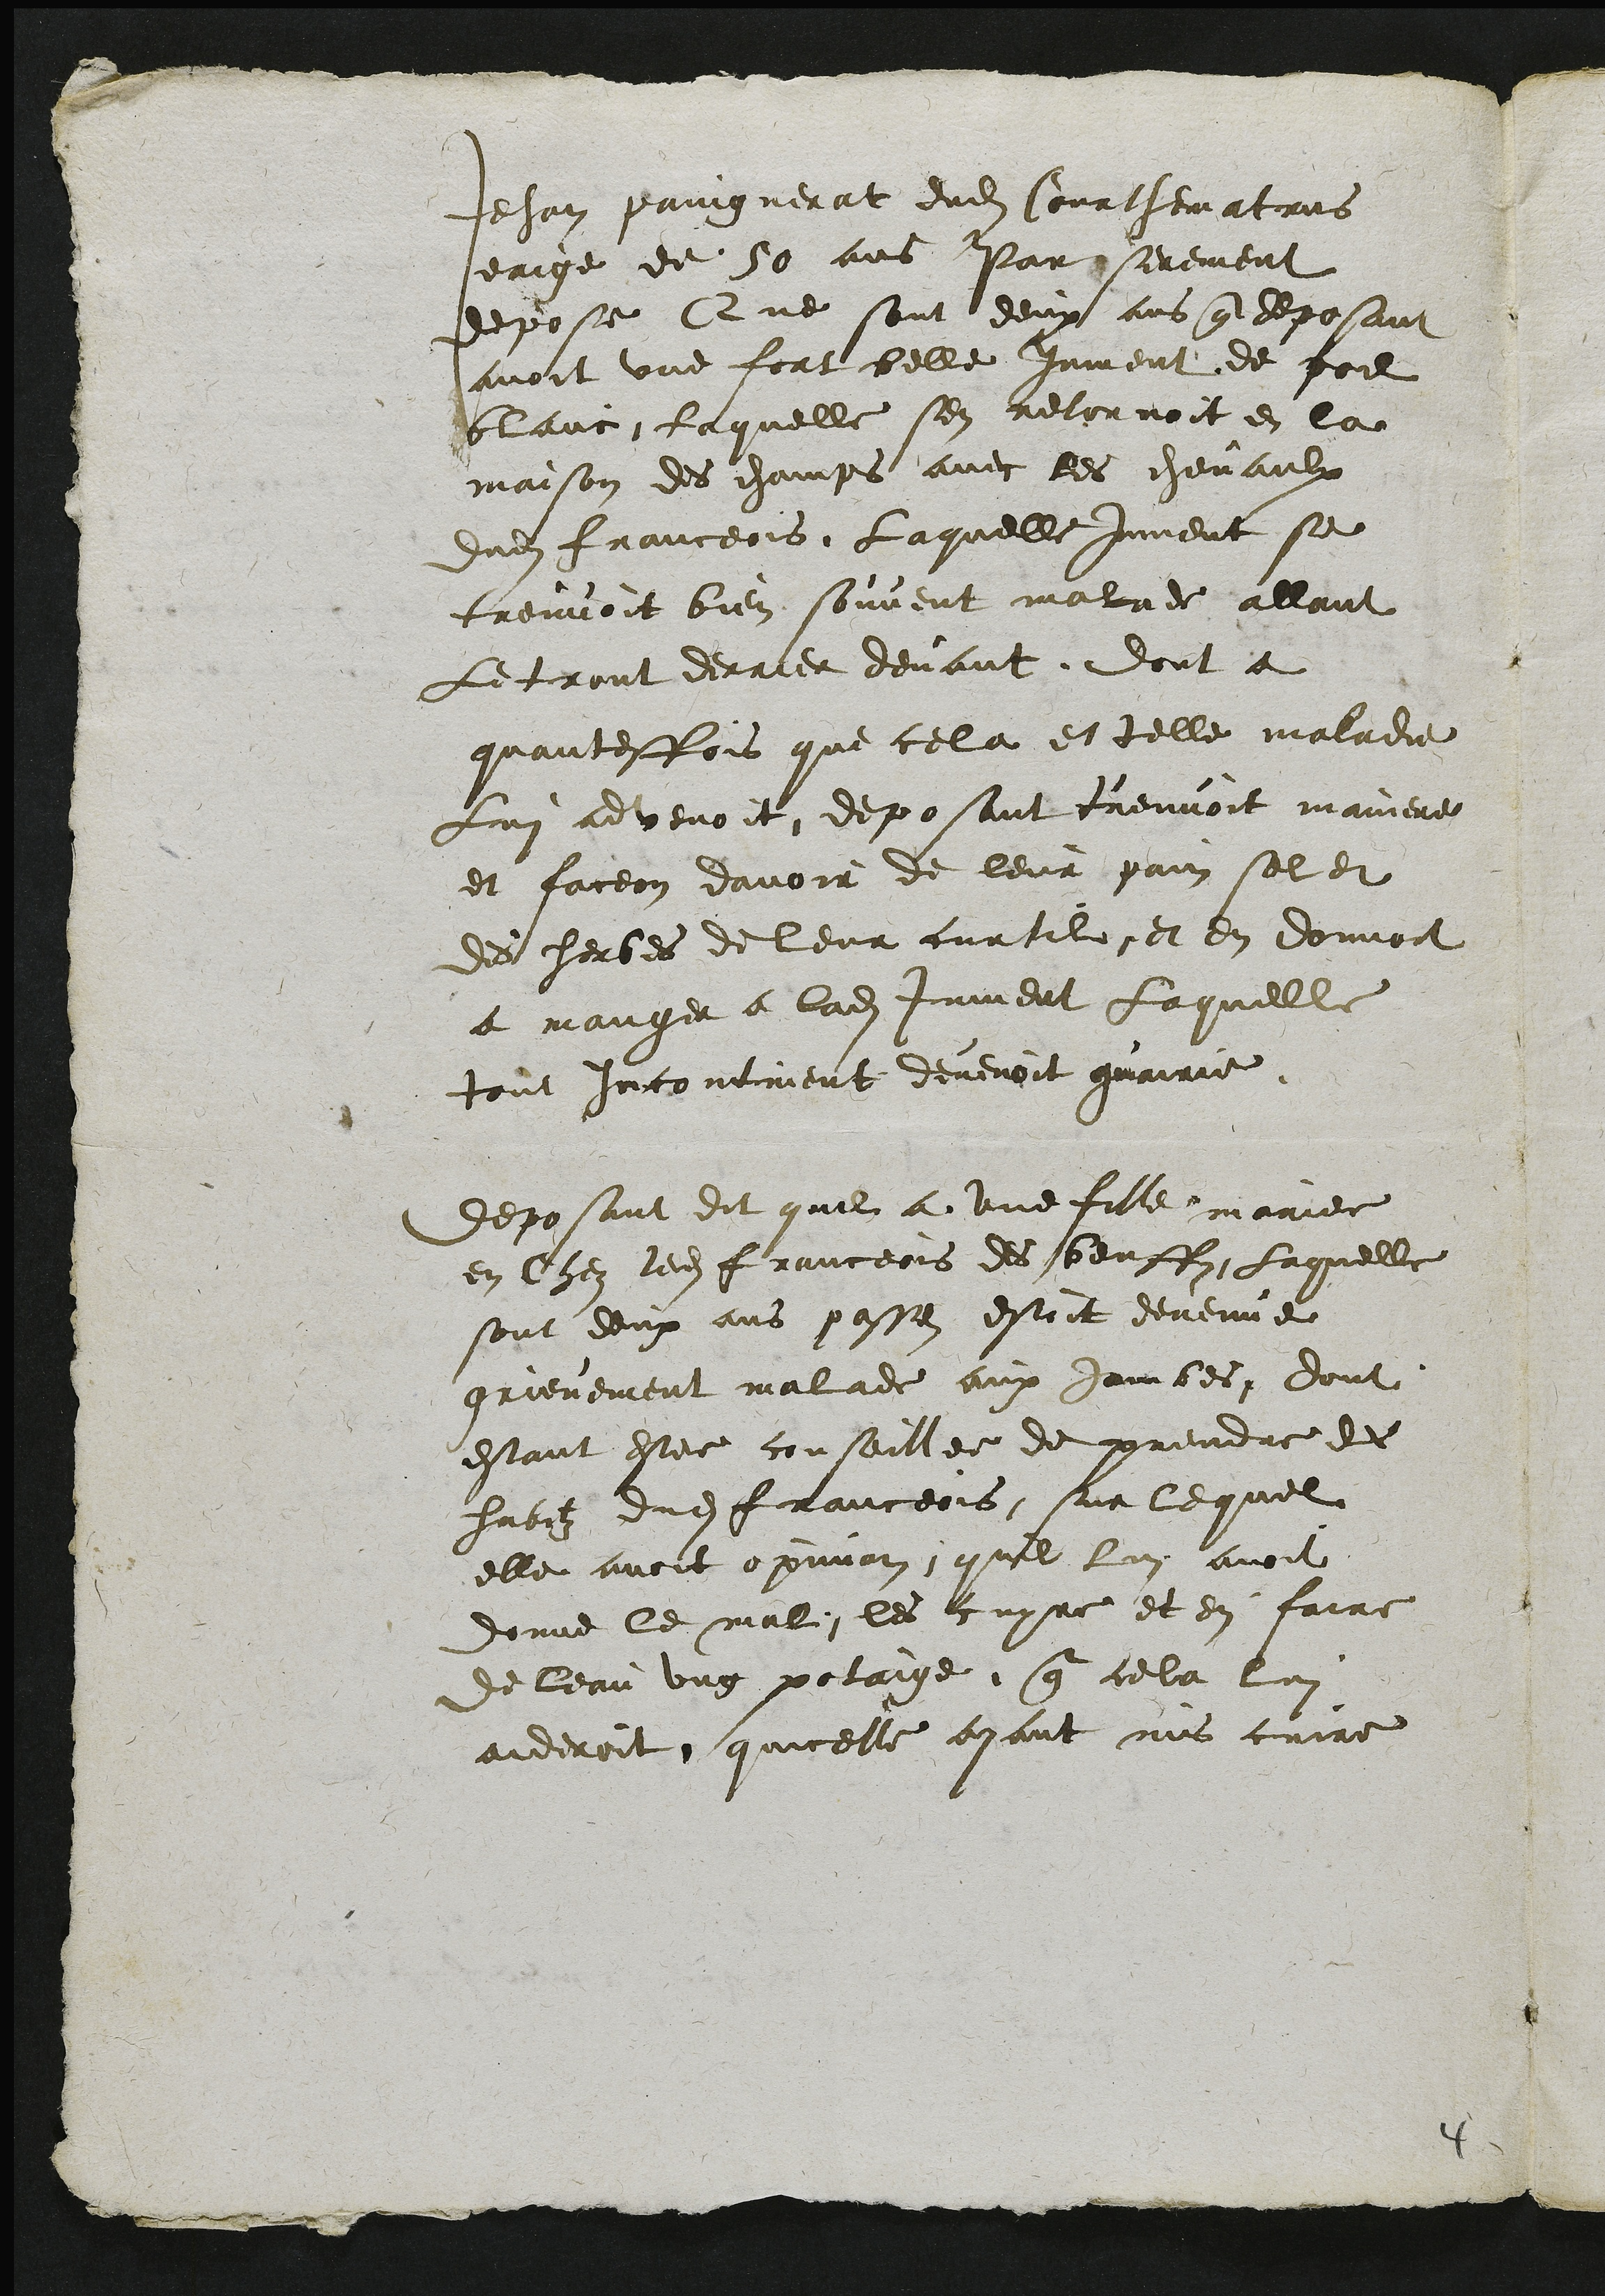
Jehan paingnerat dudit Courthematrus
eaige de 50 ans Par serement
depose Que sont deux ans que deposant
avoit une fort belle jument de poil
blanc, laquelle sen retornoit en la
maison des champs avec les chevaulx
dudit franceois. Laquelle jument se
treuvoit bien souvent malade allant
Le tront derrier devant dont a
quantesfois que cela et telle maladie
Lui advenoit deposant treuvoit maniere
et faceon davoir de leur pain sel et
des herbes de leur curtil et en donnoit
a manger a ladite jument Laquelle
tout incontinent devenoit guairie
Deposant dit quil a une fille mariee
en chez ledit franceois des beuffz Laquelle
sont deux ans passes estoit devenue
grievement malade aux jambes dont
estant estee conseillee de prendre des
habitz dudit franceois sur lequel
elle avoit opinion quil lui avoit
donne le mal, les cuyre et en faire
de leau ung potaige que cela lui
aideroit quicelle ayant mis cuire